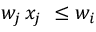
w _ { j } \, x _ { j } \ \leq w _ { i }